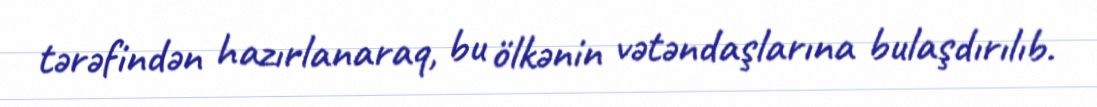
tərəfindən hazırlanaraq, bu ölkənin vətəndaşlarına bulaşdırılıb.